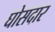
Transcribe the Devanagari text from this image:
घोसदार